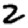
Digit: 2